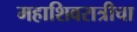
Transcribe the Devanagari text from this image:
महाशिवरात्रीचा